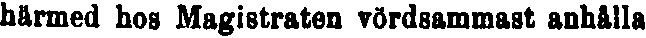
härmed hos Magistraten vördsammast anhålla